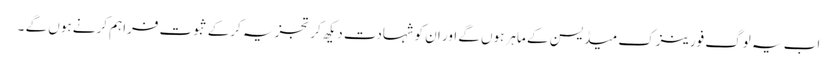
اب یہ لوگ فورینزک میڈیسن کے ماہر ہوں گے اور ان کو شہادت دیکھ کر تجزیہ کرکے ثبوت فراہم کرنے ہوں گے ۔